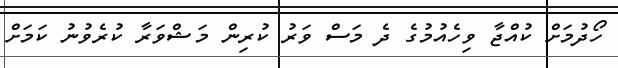
ހޯދުމަށް ކުއްޖާ ވިހެއުމުގެ ދެ މަސް ވަރު ކުރިން މަޝްވަރާ ކުރެވުނު ކަމަށް